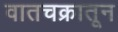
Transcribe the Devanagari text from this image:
वातचक्रातून